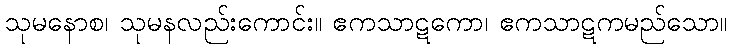
သုမနောစ၊ သုမနလည်းကောင်း။ ဧကသာဋကော၊ ဧကသာဋကမည်သော။